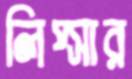
লিপ্সার